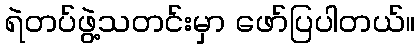
ရဲတပ်ဖွဲ့သတင်းမှာ ဖော်ပြပါတယ်။